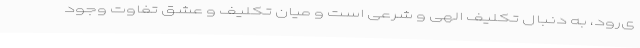
ی‌رود، به دنبال تکلیف الهی و شرعی است و میان تکلیف و عشق تفاوت وجود